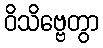
ဝိသိဗ္ဗေတွာ